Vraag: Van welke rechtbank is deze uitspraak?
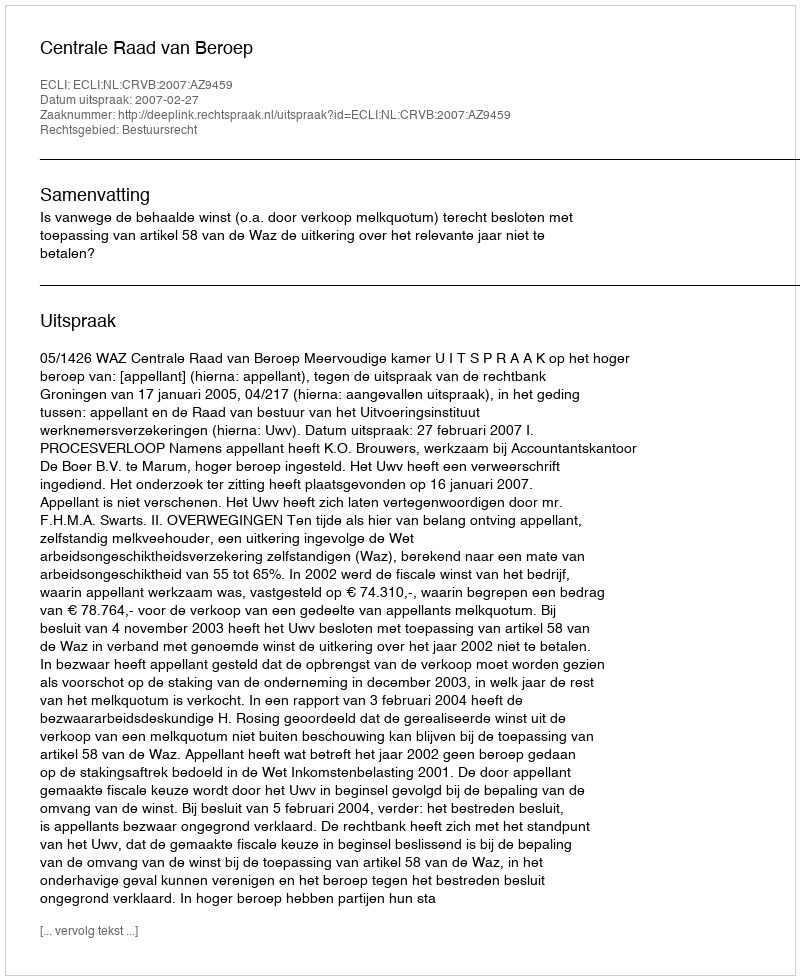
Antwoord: Centrale Raad van Beroep